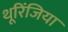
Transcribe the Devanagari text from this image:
थूरिंजिया